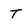
Character: T